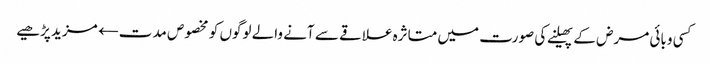
کسی وبائی مرض کے پھیلنے کی صورت میں متاثرہ علاقے سے آنے والے لوگوں کو مخصوص مدت← مزید پڑھیے